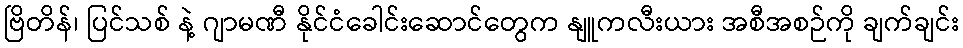
ဗြိတိန်၊ ပြင်သစ် နဲ့ ဂျာမဏီ နိုင်ငံခေါင်းဆောင်တွေက နျူကလီးယား အစီအစဉ်ကို ချက်ချင်း